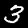
Label: 3